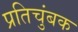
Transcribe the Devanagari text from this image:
प्रतिचुंबक